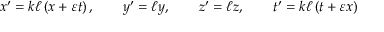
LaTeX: x ^ { \prime } = k \ell \left( x + \varepsilon t \right) , \qquad y ^ { \prime } = \ell y , \qquad z ^ { \prime } = \ell z , \qquad t ^ { \prime } = k \ell \left( t + \varepsilon x \right)